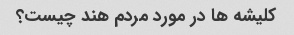
کلیشه ها در مورد مردم هند چیست؟